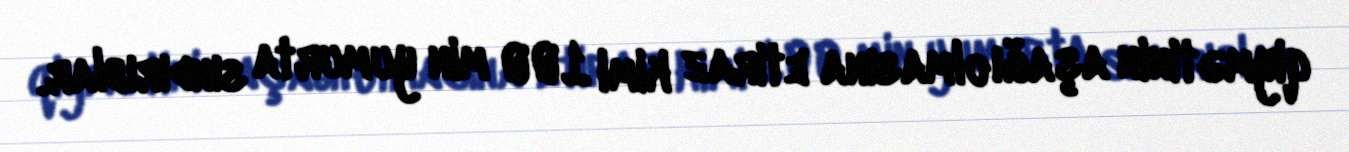
qiymətinin aşağı olmasına etiraz kimi 100 min yumurta sındırıblar.